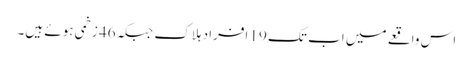
اس واقعے میں اب تک 19 افراد ہلاک جبکہ 46 زخمی ہوئے ہیں۔